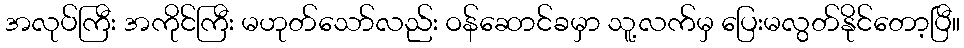
အလုပ်ကြီး အကိုင်ကြီး မဟုတ်သော်လည်း ဝန်ဆောင်ခမှာ သူ့လက်မှ ပြေးမလွတ်နိုင်တော့ပြီ။